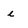
Character: e